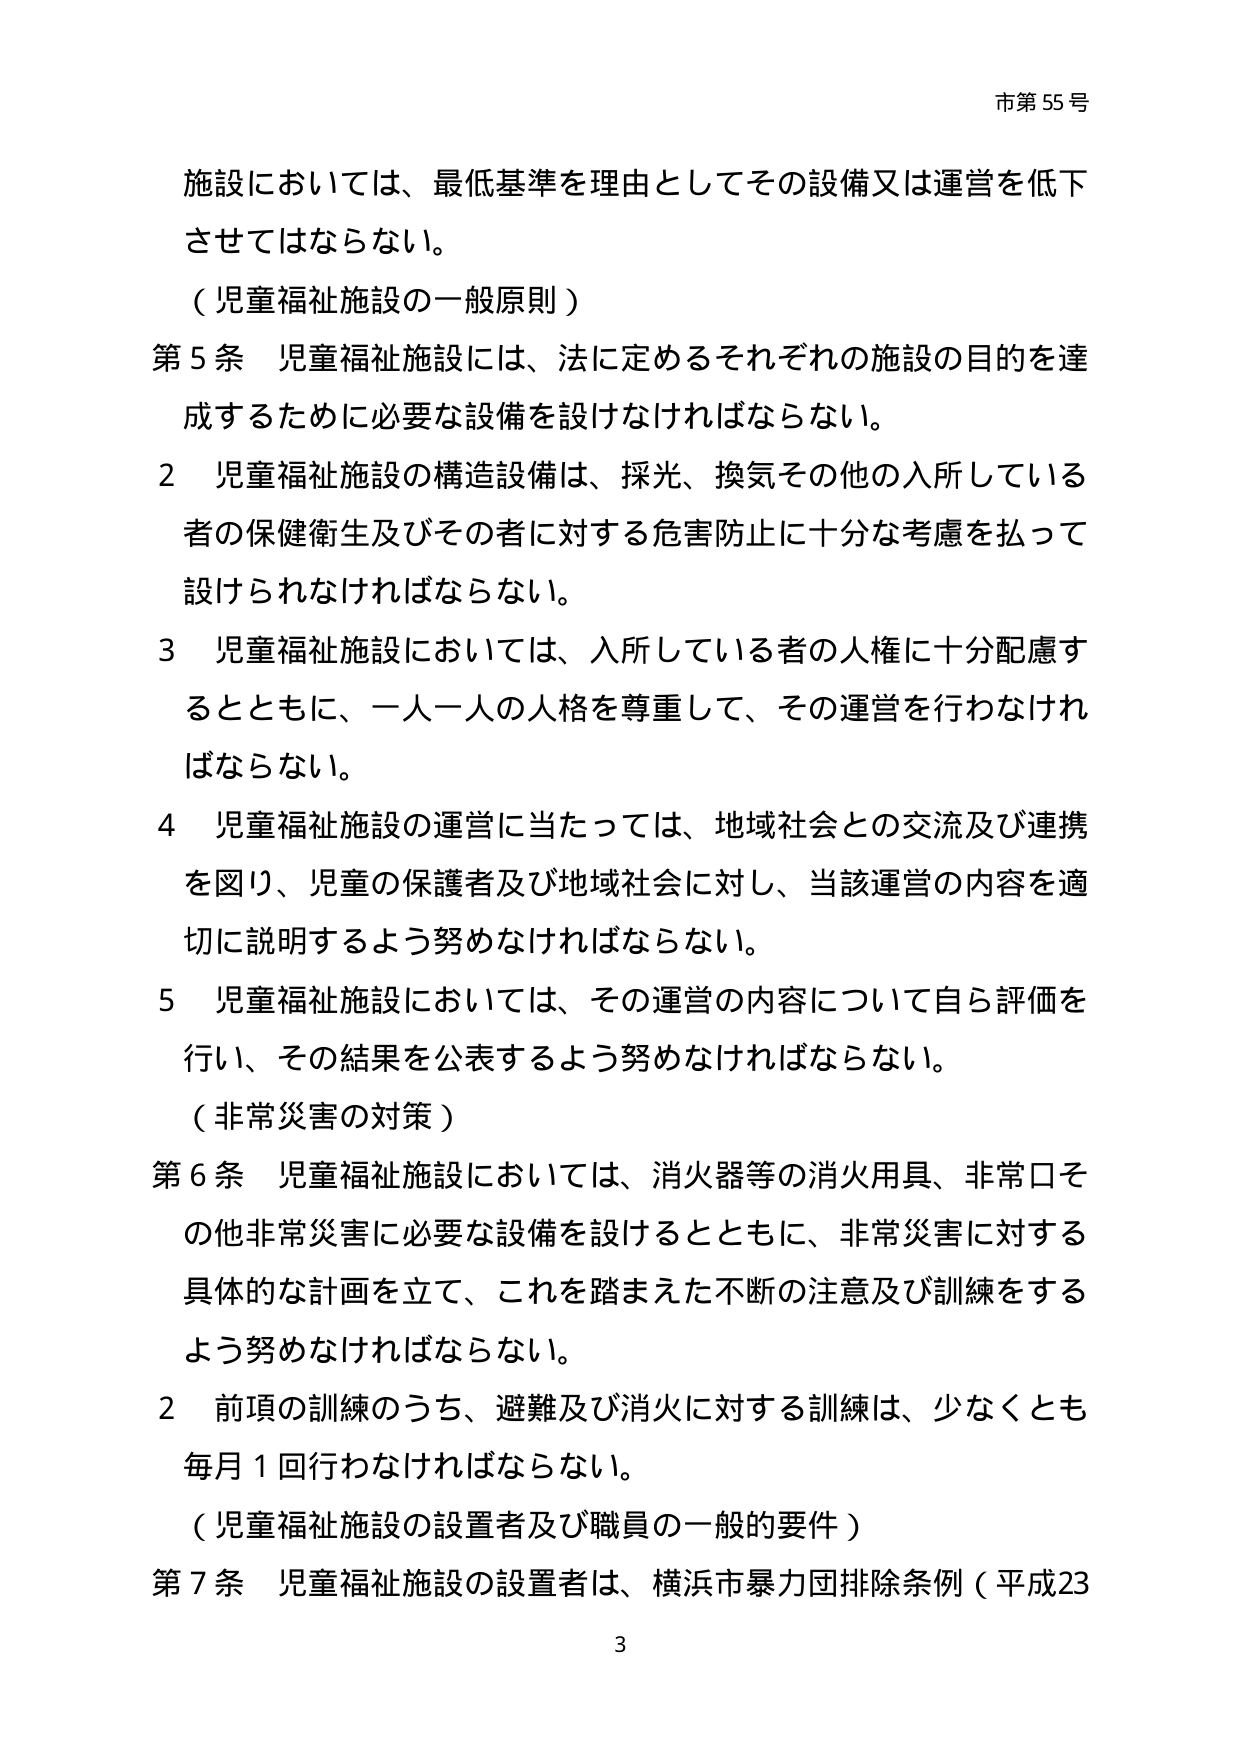
市第55号

施設においては、最低基準を理由としてその設備又は運営を低下させてはならない。

（児童福祉施設の一般原則）

第5条 児童福祉施設には、法に定めるそれぞれの施設の目的を達成するために必要な設備を設けなければならない。

2 児童福祉施設の構造設備は、採光、換気その他の入所している者の保健衛生及びその者に対する危害防止に十分な考慮を払って設けられなければならない。

3 児童福祉施設においては、入所している者の人権に十分配慮するとともに、一人一人の人格を尊重して、その運営を行わなければならない。

4 児童福祉施設の運営に当たっては、地域社会との交流及び連携を図り、児童の保護者及び地域社会に対し、当該運営の内容を適切に説明するよう努めなければならない。

5 児童福祉施設においては、その運営の内容について自ら評価を行い、その結果を公表するよう努めなければならない。

（非常災害の対策）

第6条 児童福祉施設においては、消火器等の消火用具、非常口その他非常災害に必要な設備を設けるとともに、非常災害に対する具体的な計画を立て、これを踏まえた不断の注意及び訓練をするよう努めなければならない。

2 前項の訓練のうち、避難及び消火に対する訓練は、少なくとも毎月1回行わなければならない。

（児童福祉施設の設置者及び職員の一般的要件）

第7条 児童福祉施設の設置者は、横浜市暴力団排除条例（平成23

3